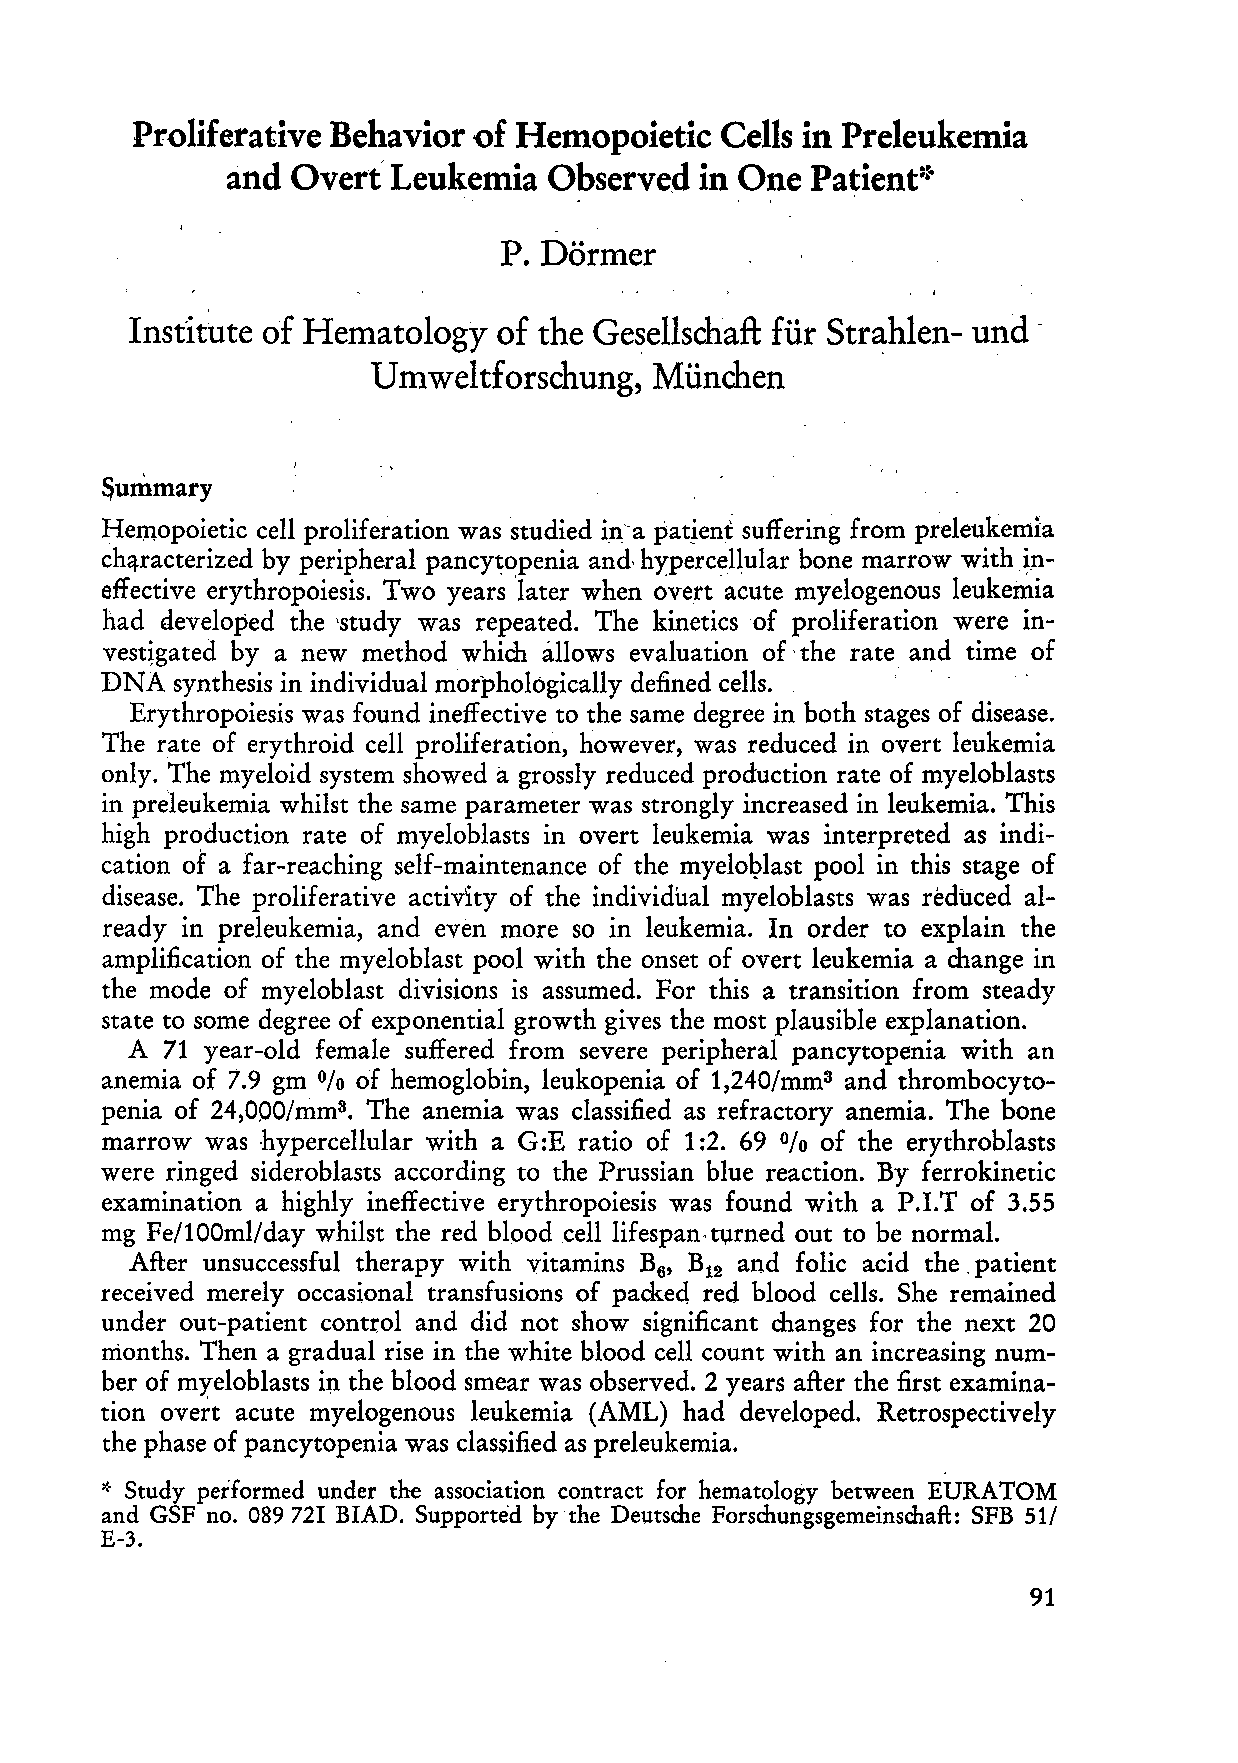
Proliferative Behavior of Hemopoietic  Cells in Preleukemia
 and Overt' Leukemia  Observed  in One  Patient::-
 P. Dörmer
 Institute of Hematology of the Gesellschaft für Str~hlen- und -
 Umweltforschung,  München
 ~ummary
 Hemopoietic cell proliferation was studied il1~a patjent suffering from preleukemia
 chClracterized by peripheral pancyt~penia and, hyperc~Hular bone marrow with~~­
 effective erythropoiesis. Two years later when overt acute myelogenous leukemia
 had developed the 'study was repeated. The kineticsof proliferation were in
 vest~gated by a new method which cillows evaluation of' the rate and time of
 DNA  synthesis in individual morphologically def1ned cells. ' .
 Erythropoiesis was found ineffective to the same degree in both stages of disease.
 The rate of erythroid cell proliferation, however, was reduced in overt leukemia
 only. The myeloid system showed a grossly reduced production rate of myeloblasts
 in preleukemia whilst the same parameter was strongly increased in leukemia. This
 high production rate of myeloblasts in overt leukemia was interpreted as indi
 cation of a far-reaching self-maintenance of the myelo~last pool in this stage of
 disease. The proliferative activity of the individual myeloblasts was reduced al
 ready in preleukemia, and even more so in leukemia. In order to explain the
 amplification of the myeloblast pool with the onset of overt leukemia a change in
 the mode of myeloblast divisions is assumed. For this a transition from steady
 state to some degree of exponential growth gives the most plausible explanation.
 A 71 year-old female suffered from severe peripher al pancytopenia with an
 anemia of 7.9 gm of hemoglobin, leukopenia of 1,240/mm3 and thrombocyto
 %
 penia of 24,OOO/mm3 The anemia was classified as refractory anemia. The hone
 •
 marrow was hypercellular with a G:E ratio of 1 :2. 69 of the erythroblasts
 %
 were ringed sideroblasts according to the Prussian blue reaction. By ferrokinetic
 examination a highly ineffective erythropoiesis was found with a P.LT of 3.55
 mg Fe/100ml/day whilst the red bloodcelllifespan,tl,lrned out to be normal.
 After unsuccessful therapy with vitamins B B and folie acid the. patient
 6, 12
 received merely occasional transfusions of packed red blood cells. She remained
 under out-patient control and did not show significant changes for the next 20
 nionths. Then a gradual rise in the white blood cell count with an increasing num
 ber of myeloblasts i~ the blood smear was observed. 2 years after the first examina
 tion overt acute myelogenous leukemia (AML) had developed. Retrospectively
 the phase of pancytopenia was classified as preleukemia.
 ,t· Study peiformed under the association contract for hematology between EURATOM
 and GSF no. 089721 B1AD. Supporte'd bythe Deutsche Forschungsgemeinschaft: SFB 51/
 E-3.
 91